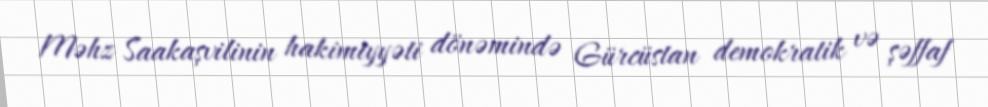
Məhz Saakaşvilinin hakimiyyəti dönəmində Gürcüstan demokratik və şəffaf